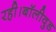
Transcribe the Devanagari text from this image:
रही।बॉलीवुड